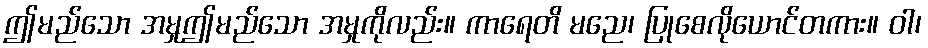
ဤမည်သော အမှုဤမည်သော အမှုကိုလည်း။ ကာရေတိ မညေ၊ ပြုစေလိုယောင်တကား။ ဝါ၊